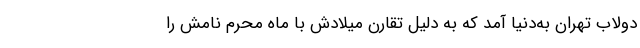
دولاب تهران به‌دنیا آمد که به دلیل تقارن میلادش با ماه محرم نامش را